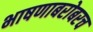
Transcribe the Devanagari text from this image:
भाषणाबरोबरच